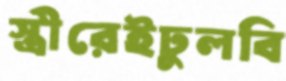
স্ত্রীরেইঢুলবি